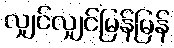
လျှင်လျှင်မြန်မြန်